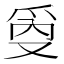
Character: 𰟾